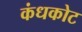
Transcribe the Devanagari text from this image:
कंधकोट